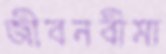
জীবনবীমা